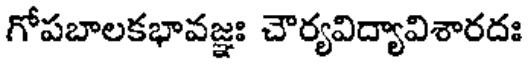
గోపబాలకభావజ్ఞః చౌర్యవిద్యావిశారదః